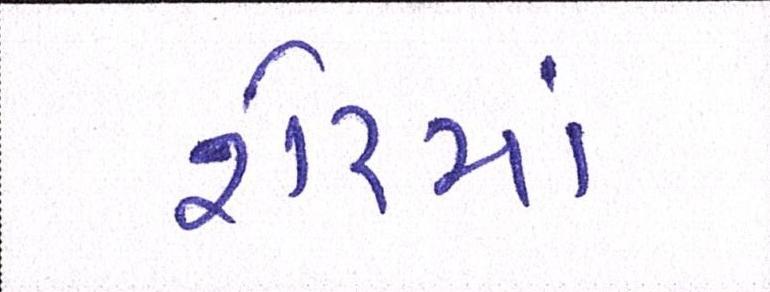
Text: શેરમાં